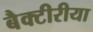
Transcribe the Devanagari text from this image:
बैक्टीरीया